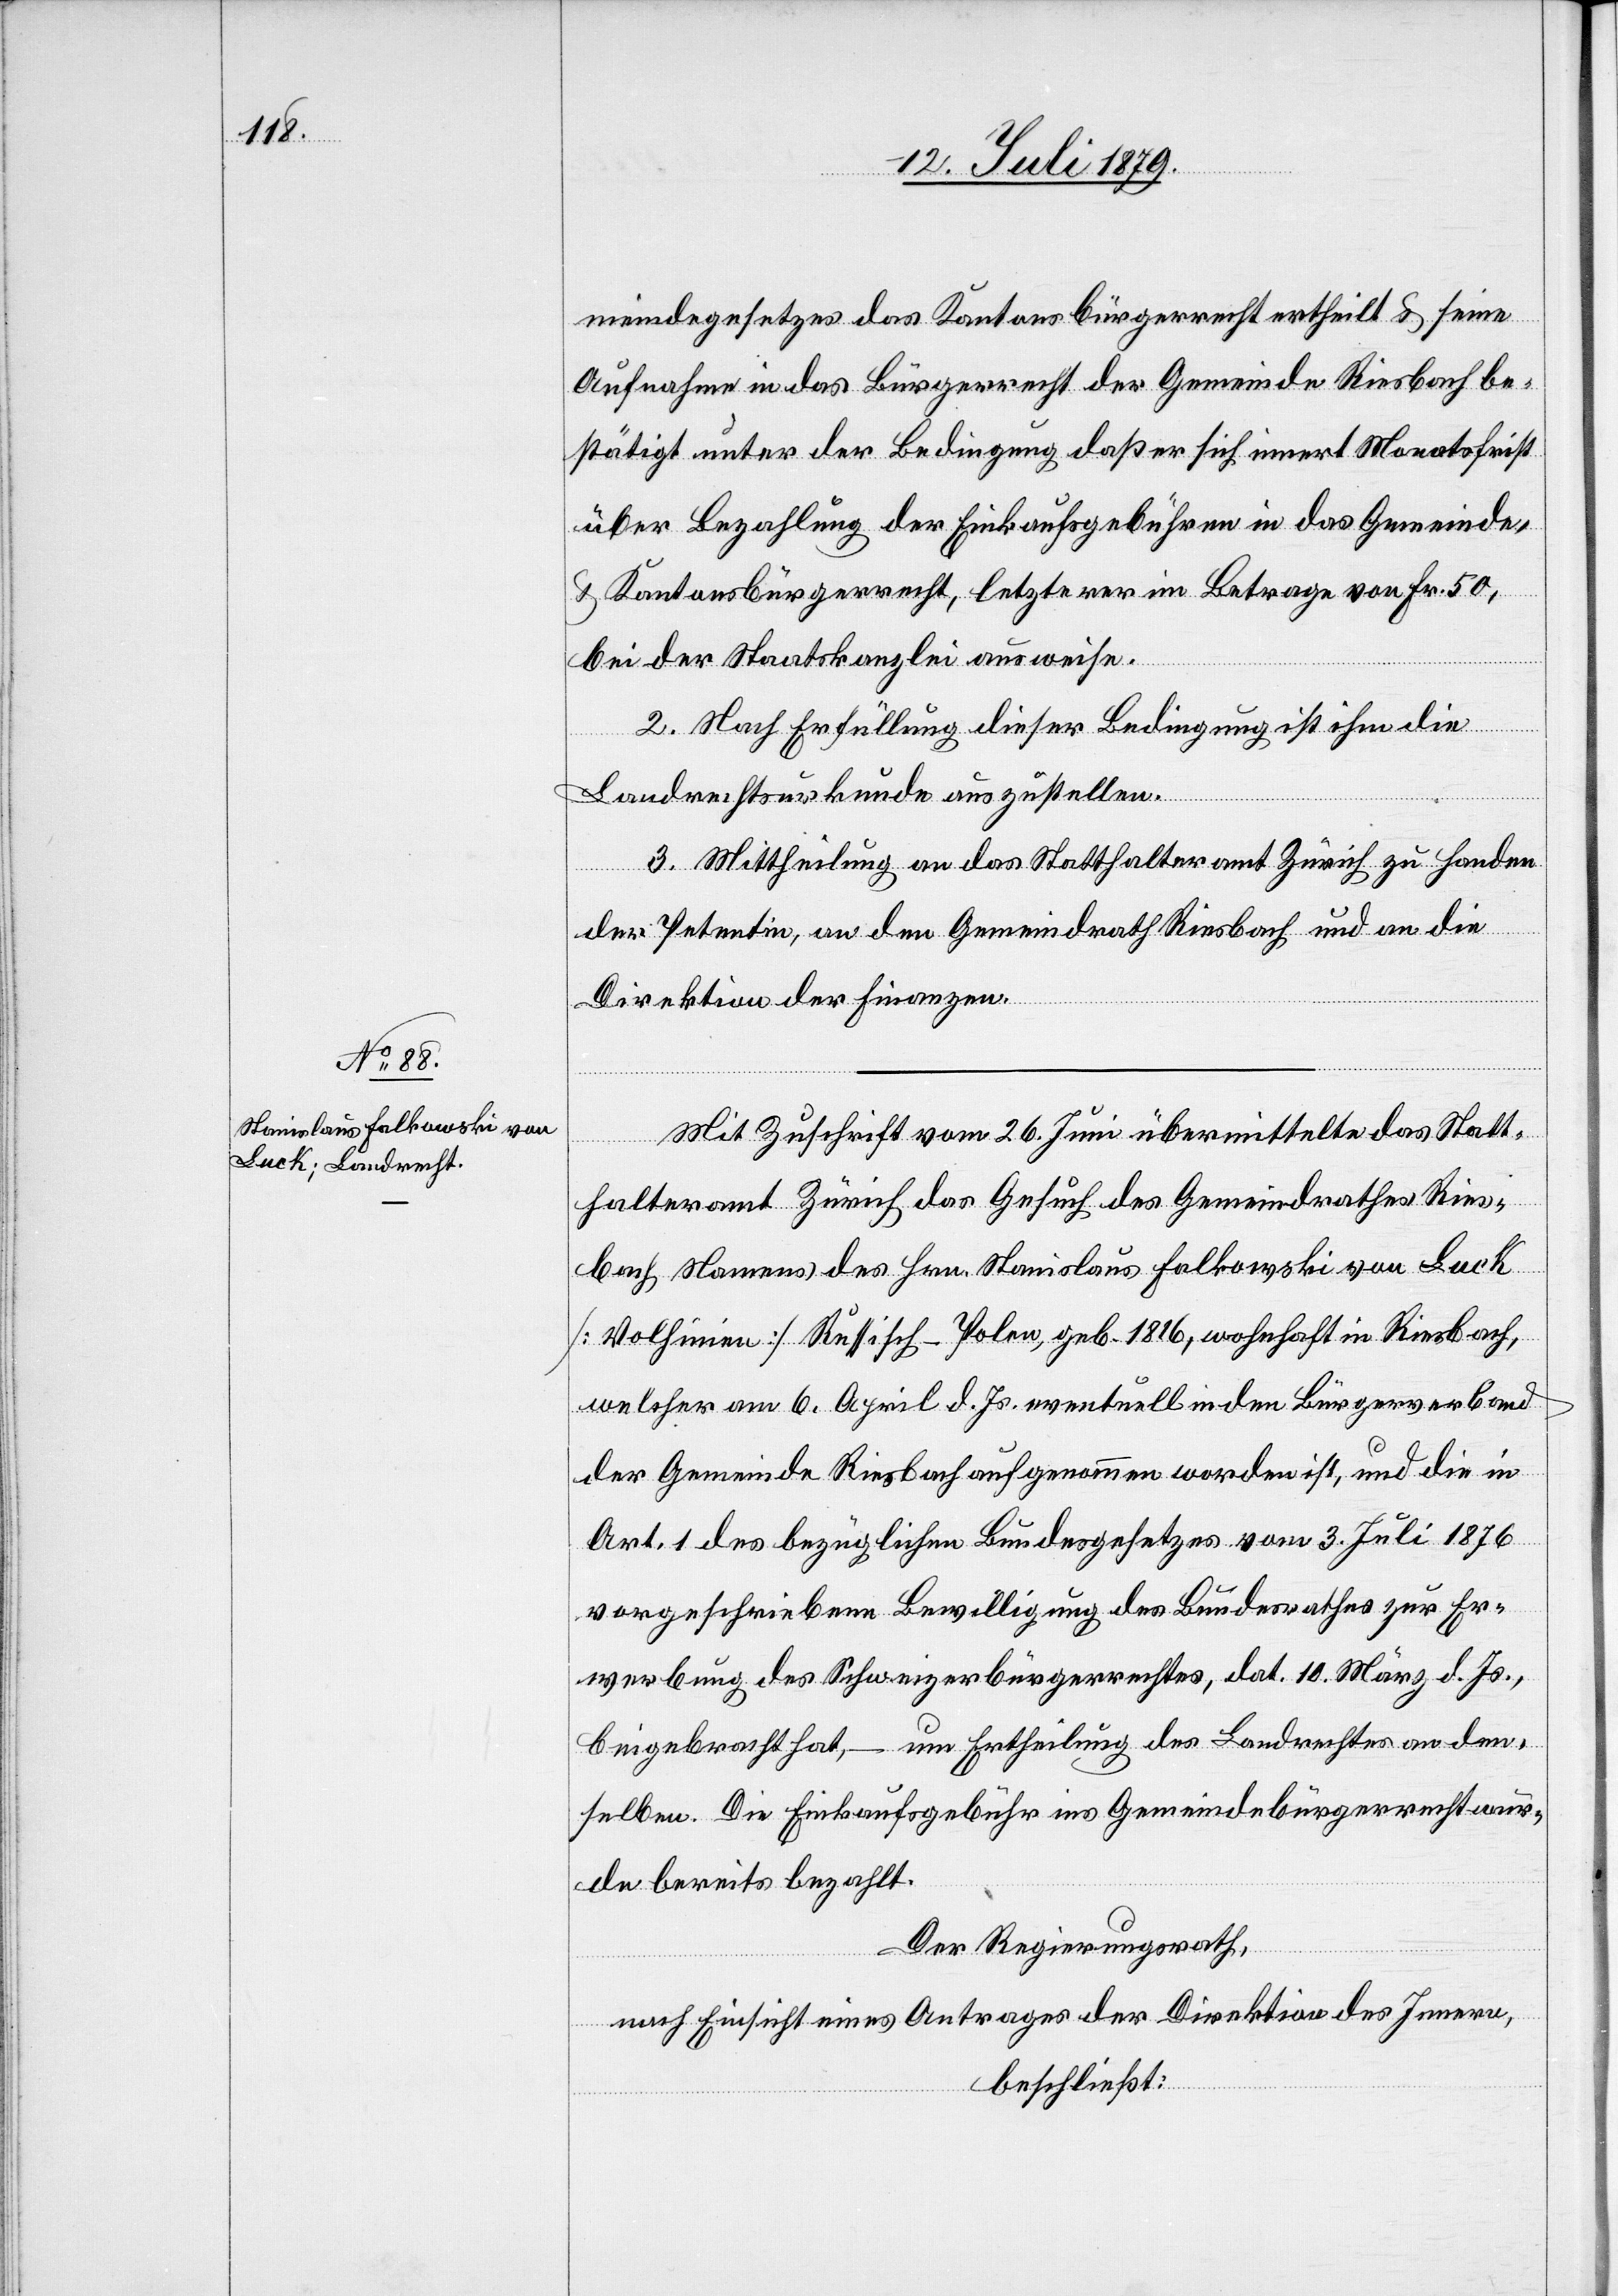
meindegesetzes das Kantonsbürgerrecht ertheilt u. seine
Aufnahme in das Bürgerrecht der Gemeinde Riesbach be¬
stätigt unter der Bedingung daß er sich innert Monatsfrist
über Bezahlung der Einkaufsgebühren in das Gemeinde-
u. Kantonsbürgerrecht, letzterer im Betrage von Fr. 50,
bei der Staatskanzlei ausweise.
2. Nach Erfüllung dieser Bedingung ist ihm die
Landrechtsurkunde auszustellen.
3. Mittheilung an das Statthalteramt Zürich zu Handen
der Petentin, an den Gemeindrath Riesbach und an die
Direktion der Finanzen.
Mit Zuschrift vom 26. Juni übermittelte das Statt¬
halteramt Zürich das Gesuch des Gemeindrathes Ries¬
bach Namens des Hrn. Stanislaus Falkowski von Luck
[Volhinien] Russisch-Polen, geb. 1816, wohnhaft in Riesbach,
welcher am 6. April d. Js. eventuell in den Bürgerverband
der Gemeinde Riesbach aufgenommen worden ist, und die in
Art. 1 des bezüglichen Bundesgesetzes vom 3. Juli 1876
vorgeschriebene Bewilligung des Bundesrathes zur Er¬
werbung des Schweizerbürgerrechtes, dat. 10. März d. Js.,
beigebracht hat, – um Ertheilung des Landrechtes an den¬
selben. Die Einkaufsgebühr ins Gemeindebürgerrecht wur¬
de bereits bezahlt.
Der Regierungsrath,
nach Einsicht eines Antrages der Direktion des Innern,
beschließt: